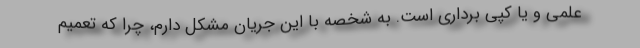
علمی و یا کپی برداری است. به شخصه با این جریان مشکل دارم، چرا که تعمیم